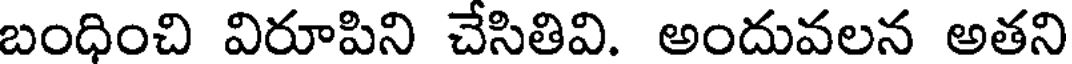
బంధించి విరూపిని చేసితివి. అందువలన అతని